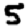
Digit: 5